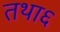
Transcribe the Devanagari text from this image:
तथा६